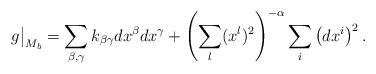
LaTeX: \begin{align*} g \big|_{M_b} = \sum_{\beta, \gamma} k_{\beta \gamma} dx^\beta dx^\gamma + \left( \sum_l (x^l)^2 \right)^{- \alpha} \sum_i \left( dx^i \right)^2.\end{align*}